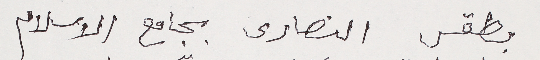
بطقس النصارى بجامع الاسلام